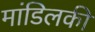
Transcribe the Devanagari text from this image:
मांडिलकी